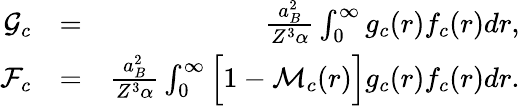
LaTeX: \begin{array}{rlr}{\mathcal{G}_{c}}&{=}&{\frac{a_{B}^{2}}{Z^{3}\alpha}\int_{0}^{\infty}g_{c}(r)f_{c}(r)dr,}\\ {\mathcal{F}_{c}}&{=}&{\frac{a_{B}^{2}}{Z^{3}\alpha}\int_{0}^{\infty}\Big[1-\mathcal{M}_{c}(r)\Big]g_{c}(r)f_{c}(r)dr.}\end{array}